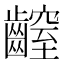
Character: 𪙜